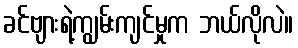
ခင်ဗျားရဲ့ကျွမ်းကျင်မှုက ဘယ်လိုလဲ။